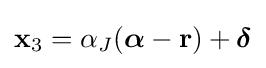
\mathbf {x} _{3}=\alpha _{J}({\boldsymbol {\alpha }}-\mathbf {r} )+{\boldsymbol {\delta }}